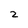
Character: 2